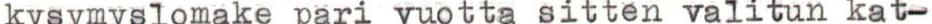
kysymyslomake pari vuotta sitten valitun kat-